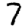
Digit: 7